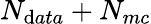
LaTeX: N_{\mathrm{d}ata}+N_{mc}